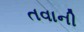
તવાની